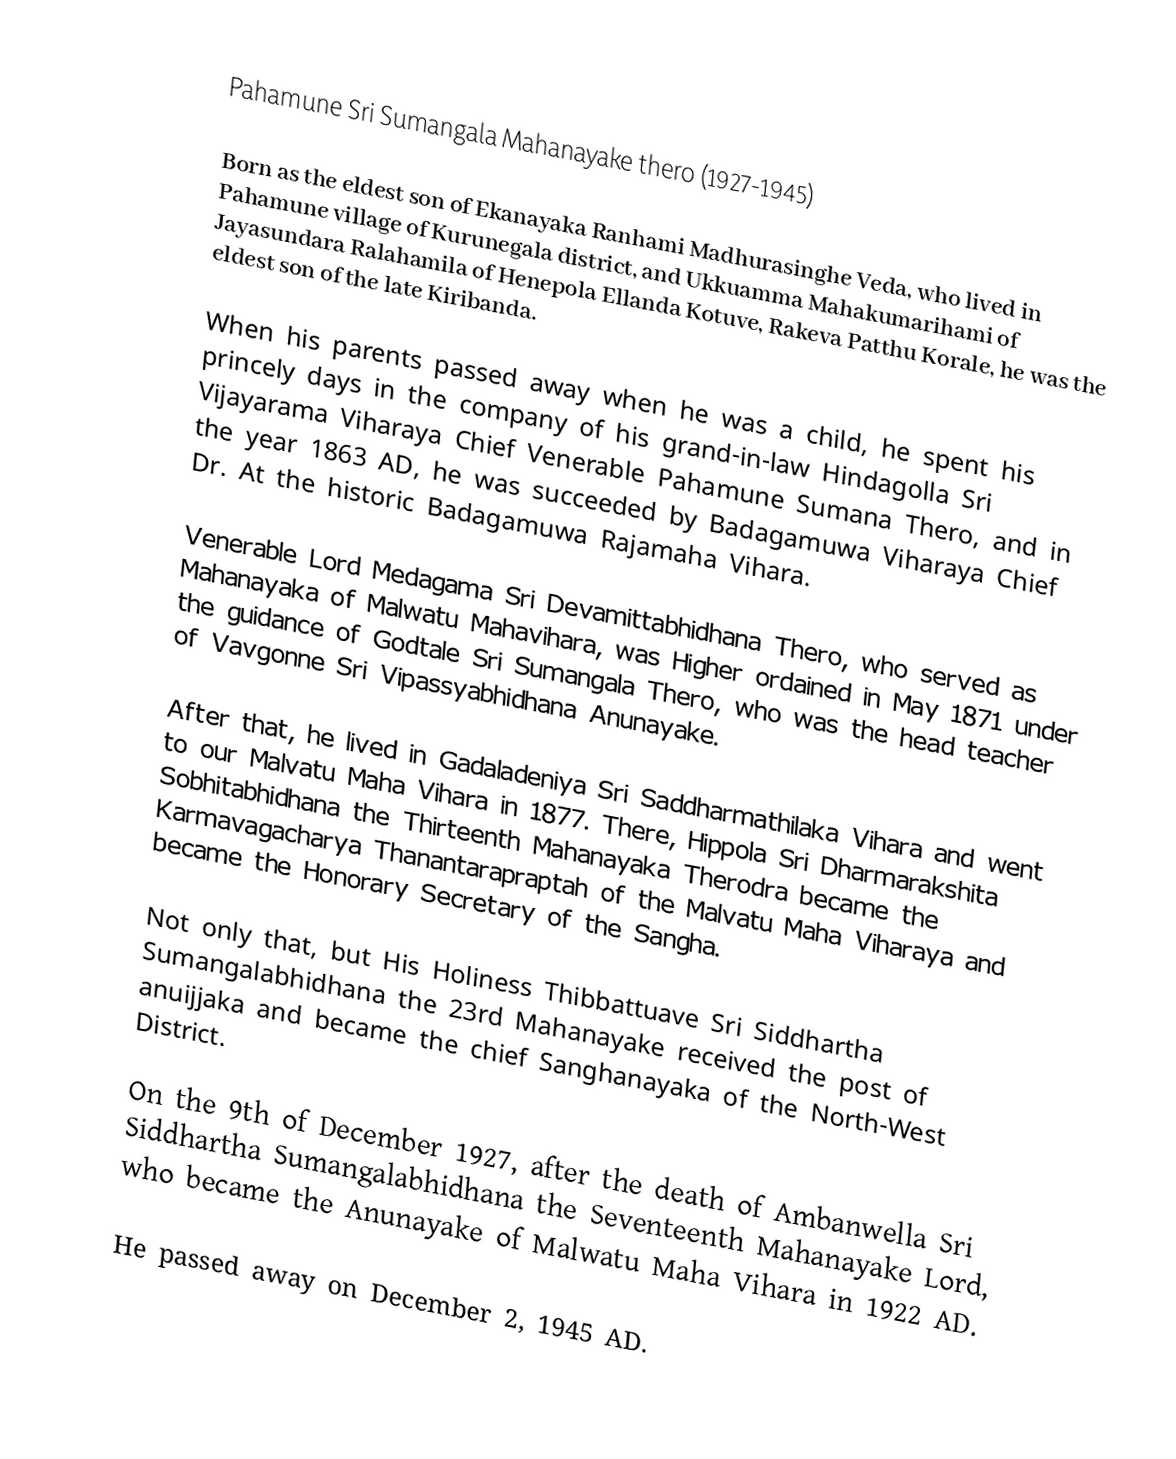
Pahamune Sri Sumangala Mahanayake thero (1927-1945)

Born as the eldest son of Ekanayaka Ranhami Madhurasinghe Veda, who lived in Pahamune village of Kurunegala district, and Ukkuamma Mahakumarihami of Jayasundara Ralahamila  of Henepola Ellanda Kotuve, Rakeva Patthu Korale, he was the eldest son of the late Kiribanda.

When his parents passed away when he was a child, he spent his princely days in the company of his grand-in-law Hindagolla Sri Vijayarama Viharaya Chief Venerable Pahamune Sumana Thero, and in the year 1863 AD, he was succeeded by Badagamuwa Viharaya Chief Dr. At the historic Badagamuwa Rajamaha Vihara.

Venerable Lord Medagama Sri Devamittabhidhana Thero, who served as Mahanayaka of Malwatu Mahavihara, was Higher ordained in May 1871 under the guidance of Godtale Sri  Sumangala Thero, who was the head teacher of Vavgonne Sri Vipassyabhidhana Anunayake.

After that, he lived in Gadaladeniya Sri Saddharmathilaka Vihara and went to our Malvatu Maha Vihara in 1877. There, Hippola Sri Dharmarakshita Sobhitabhidhana the Thirteenth Mahanayaka Therodra became the Karmavagacharya Thanantarapraptah of the Malvatu Maha Viharaya and became the Honorary Secretary of the Sangha.

Not only that, but His Holiness Thibbattuave Sri Siddhartha Sumangalabhidhana the 23rd Mahanayake received the post of anuijjaka and became the chief Sanghanayaka of the North-West District.

            On the 9th of December 1927, after the death of Ambanwella Sri Siddhartha Sumangalabhidhana the Seventeenth Mahanayake Lord, who became the Anunayake of Malwatu Maha Vihara in 1922 AD.

He passed away on December 2, 1945 AD.